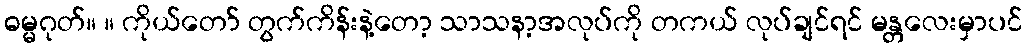
ဓမ္မဂုတ်။ ။ ကိုယ်တော် တွက်ကိန်းနဲ့တော့ သာသနာ့အလုပ်ကို တကယ် လုပ်ချင်ရင် မန္တလေးမှာပင်